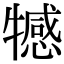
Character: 𤛸